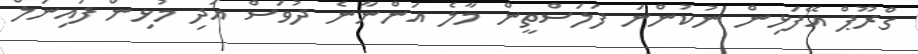
ގްރޫޕް އޭފަޅިން ނުކުންނަ ފަލަސްތީން މާލެ އަންނާނެ ދުވަސް އަދި މުޅިން ފައިނަލް